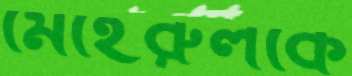
মেহেরুলকে